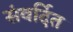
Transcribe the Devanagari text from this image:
संवर्दित